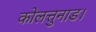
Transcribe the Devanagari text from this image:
कोलत्तुनाड।